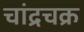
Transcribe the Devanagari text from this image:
चांद्रचक्र